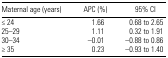
<table><thead><tr><td><b>Maternal age (years)</b></td><td><b>APC (%)</b></td><td><b>95% CI</b></td></tr></thead><tbody><tr><td>≤ 24</td><td>1.66</td><td>0.68 to 2.65</td></tr><tr><td>25–29</td><td>1.11</td><td>0.32 to 1.91</td></tr><tr><td>30–34</td><td>−0.01</td><td>−0.88 to 0.86</td></tr><tr><td>≤ 35</td><td>0.23</td><td>−0.93 to 1.40</td></tr></tbody></table>